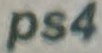
Ps4